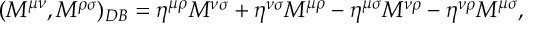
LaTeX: ( M ^ { \mu \nu } , M ^ { \rho \sigma } ) _ { D B } = \eta ^ { \mu \rho } M ^ { \nu \sigma } + \eta ^ { \nu \sigma } M ^ { \mu \rho } - \eta ^ { \mu \sigma } M ^ { \nu \rho } - \eta ^ { \nu \rho } M ^ { \mu \sigma } ,